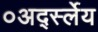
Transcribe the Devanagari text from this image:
०अर्द्स्लेय